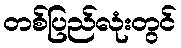
တစ်ပြည်လုံးတွင်